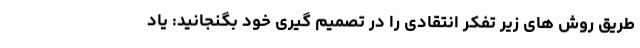
طریق روش های زیر تفکر انتقادی را در تصمیم گیری خود بگنجانید: یاد